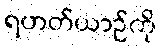
ရဟတ်ယာဉ်ကို